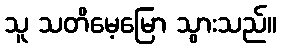
သူ သတိမေ့မြော သွားသည်။